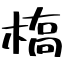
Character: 槗